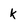
Character: k